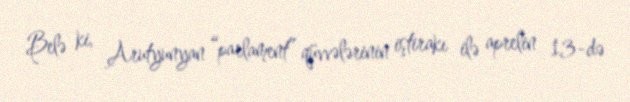
Belə ki, Arutyunyan “parlament” qüvvələrinin iştirakı ilə aprelin 13-də